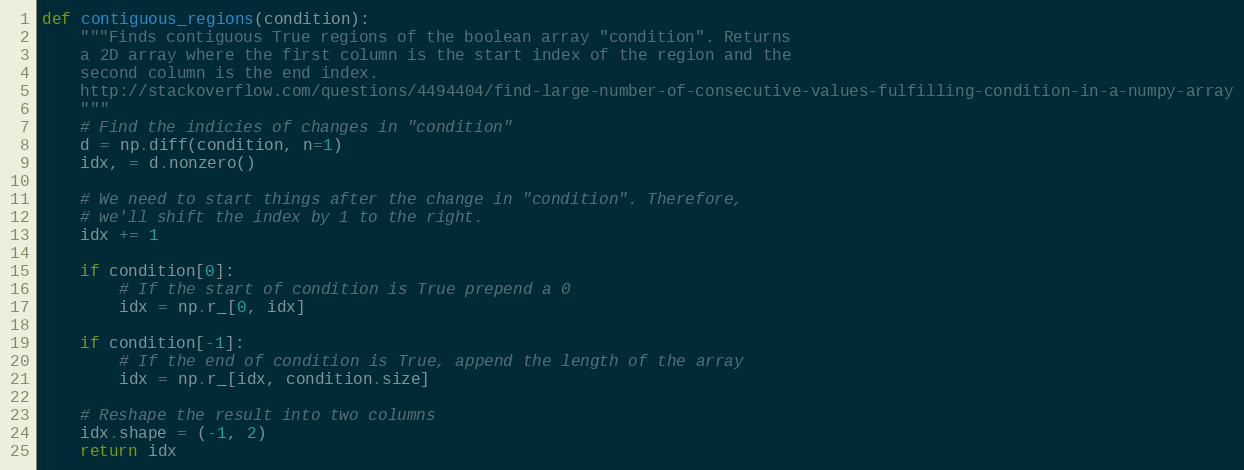
Language: Python
def contiguous_regions(condition):
    """Finds contiguous True regions of the boolean array "condition". Returns
    a 2D array where the first column is the start index of the region and the
    second column is the end index.
    http://stackoverflow.com/questions/4494404/find-large-number-of-consecutive-values-fulfilling-condition-in-a-numpy-array
    """
    # Find the indicies of changes in "condition"
    d = np.diff(condition, n=1)
    idx, = d.nonzero()

    # We need to start things after the change in "condition". Therefore,
    # we'll shift the index by 1 to the right.
    idx += 1

    if condition[0]:
        # If the start of condition is True prepend a 0
        idx = np.r_[0, idx]

    if condition[-1]:
        # If the end of condition is True, append the length of the array
        idx = np.r_[idx, condition.size]

    # Reshape the result into two columns
    idx.shape = (-1, 2)
    return idx